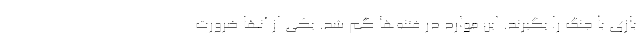
بازی با جنگ را بگیرند. این موارد در فتنه‌ها گم شد. یکی از آنها ضرورت